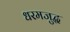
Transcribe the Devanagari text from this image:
धरमजुद्ध